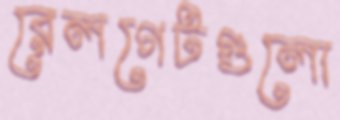
রেলগেটগুলো